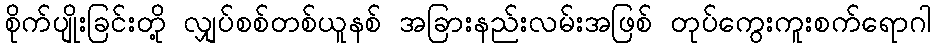
စိုက်ပျိုးခြင်းတို့ လျှပ်စစ်တစ်ယူနစ် အခြားနည်းလမ်းအဖြစ် တုပ်ကွေးကူးစက်ရောဂါ